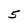
Character: 5